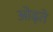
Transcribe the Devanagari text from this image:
ओढ़ते